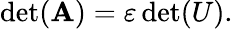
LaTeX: \operatorname*{d\mathrm{e}t}(\mathbf{A})=\varepsilon\operatorname*{d\mathrm{e}t}(U).